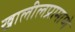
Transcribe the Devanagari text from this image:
खालीलप्रामाणे